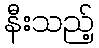
နီးသည့်